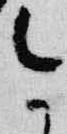
今